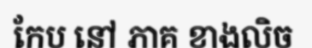
កែប នៅ ភាគ ខាងលិច